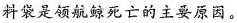
料袋是领航鲸死亡的主要原因。